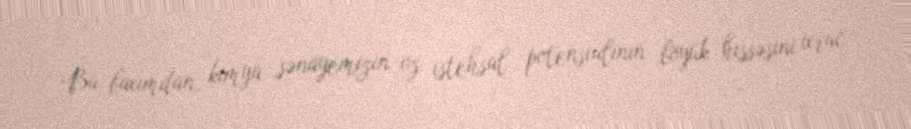
Bu baxımdan, kimya sənayemizin öz istehsal potensialının böyük hissəsini ixrac